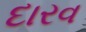
દારવ